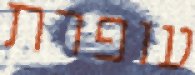
עופרת